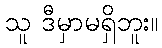
သူ ဒီမှာမရှိဘူး။